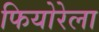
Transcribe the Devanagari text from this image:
फियोरेला